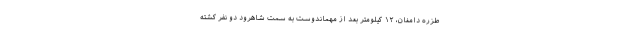
طزره دامغان، ١٢ کیلومتر بعد از مهماندوست به سمت شاهرود دو نفر کشته